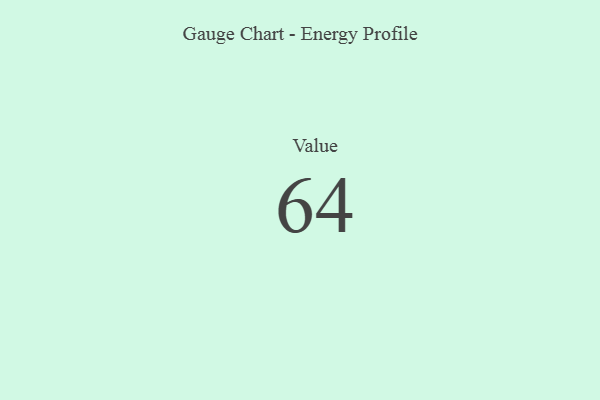
{"axis": {"x": "Metric", "y": "Value"}, "legend": [""], "data": [{"x": "Value", "y": 64, "type": ""}]}